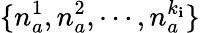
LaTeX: \{ n_{a}^{1},n_{a}^{2},\cdots,n_{a}^{k_{\mathbf{i}}}\}